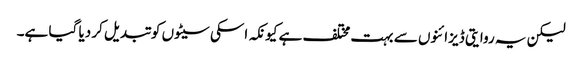
لیکن یہ روایتی ڈیزائنوں سے بہت مختلف ہے کیونکہ اسکی سیٹوں کو تبدیل کر دیا گیا ہے۔